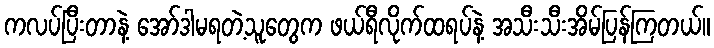
ကလပ်ပြီးတာနဲ့ အော်ဒါမရတဲ့သူတွေက ဖယ်ရီလိုက်ထရပ်နဲ့ အသီးသီးအိမ်ပြန်ကြတယ်။